画像に写った文字を読んでください
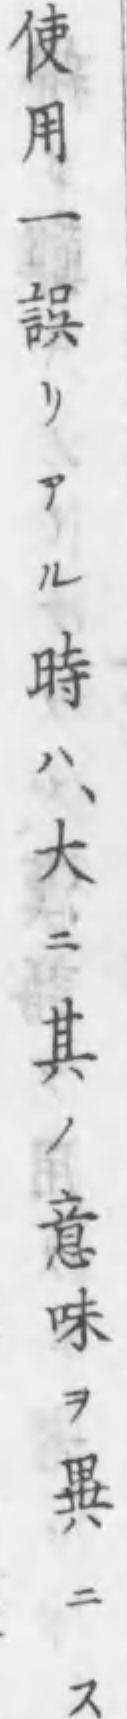
「使用一誤リアル時ハ、大ニ其ノ意味ヲ異ニス」と書いてあります